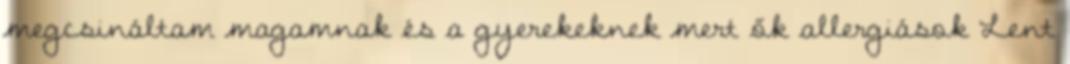
megcsináltam magamnak és a gyerekeknek mert ők allergiások Lent